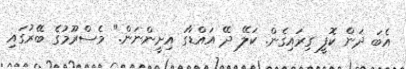
އެބަ ދަން ކޮފީ ގިރައިގެން. ކަލޭ ދޭ އައްޑާގަ އިށީންނަން." މެސްރޫމުގެ ބޭރުގައި